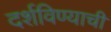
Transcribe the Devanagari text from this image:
दर्शविण्याची